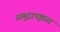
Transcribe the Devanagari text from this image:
समुद्रापृष्ठास